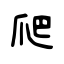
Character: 爬